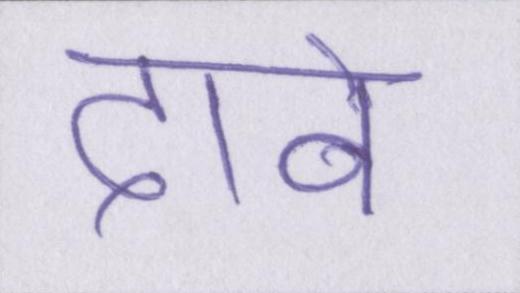
दावे